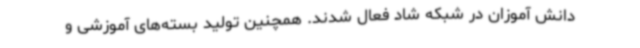
دانش آموزان در شبکه شاد فعال شدند. همچنین تولید بسته‌های آموزشی و